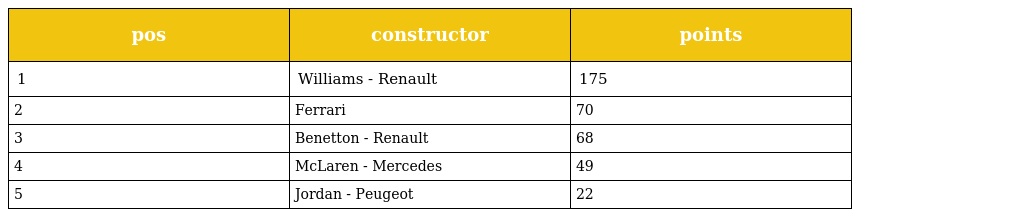
| pos | constructor | points |
 | --- | --- | --- |
 | 1 | Williams - Renault | 175 |
 | 2 | Ferrari | 70 |
 | 3 | Benetton - Renault | 68 |
 | 4 | McLaren - Mercedes | 49 |
 | 5 | Jordan - Peugeot | 22 |